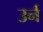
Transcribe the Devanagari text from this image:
उर्न